Code of medical and sanitary regulations for the guidance of medical officers serving in the Madras Presidency - Volume I
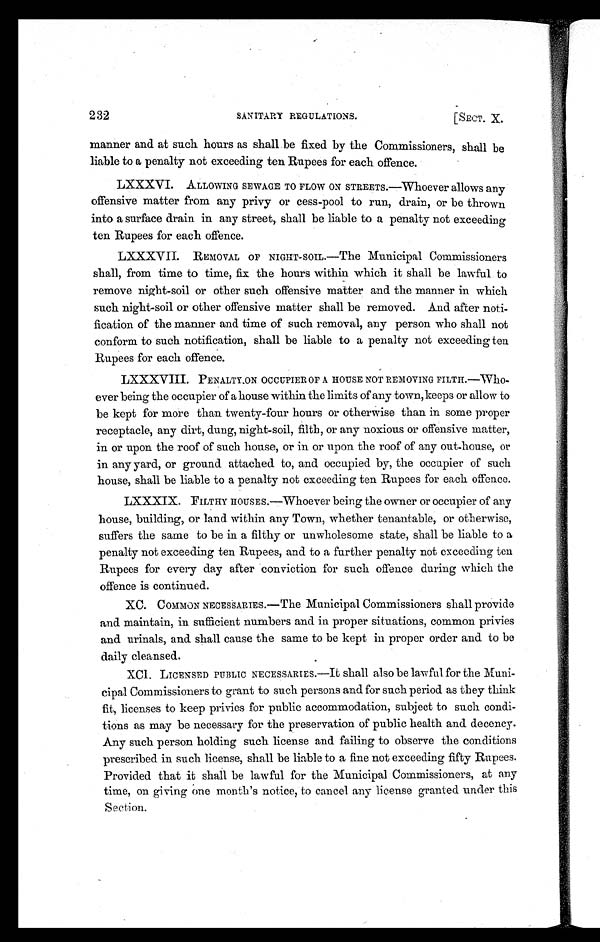
232
SANITARY REGULATIONS.
[SECT. X.
manner and at such hours as shall be fixed by the Commissioners, shall be
liable to a penalty not exceeding ten Rupees for each offence.
LXXXVI. ALLOWING SEWAGE TO FLOW ON STREETS.—Whoever allows any
offensive matter from any privy or cess-pool to run, drain, or be thrown
into a surface drain in any street, shall be liable to a penalty not exceeding
ten Rupees for each offence.
LXXXVII. REMOVAL OF NIGHT-SOIL.—The Municipal Commissioners
shall, from time to time, fix the hours within which it shall be lawful to
remove night-soil or other such offensive matter and the manner in which
such night-soil or other offensive matter shall be removed. And after noti-
fication of the manner and time of such removal, any person who shall not
conform to such notification, shall be liable to a penalty not exceeding ten
Rupees for each offence.
LXXXVIII. PENALTY ON OCCUPIER OF A HOUSE NOT REMOVING FILTH.—Who-
ever being the occupier of a house within the limits of any town, keeps or allow to
be kept for more than twenty-four hours or otherwise than in some proper
receptacle, any dirt, dung, night-soil, filth, or any noxious or offensive matter,
in or upon the roof of such house, or in or upon the roof of any out-house, or
in any yard, or ground attached to, and occupied by, the occupier of such
house, shall be liable to a penalty not exceeding ten Rupees for each offence.
LXXXIX. FILTHY HOUSES.—Whoever being the owner or occupier of any
house, building, or land within any Town, whether tenantable, or otherwise,
suffers the same to be in a filthy or unwholesome state, shall be liable to a
penalty not exceeding ten Rupees, and to a further penalty not exceeding ten
Rupees for every day after conviction for such offence during which the
offence is continued.
XC. COMMON NECESSARIES.—The Municipal Commissioners shall provide
and maintain, in sufficient numbers and in proper situations, common privies
and urinals, and shall cause the same to be kept in proper order and to be
daily cleansed.
XCI. LICENSED PUBLIC NECESSARIES.—It shall also be lawful for the Muni-
cipal Commissioners to grant to such persons and for such period as they think
fit, licenses to keep privies for public accommodation, subject to such condi-
tions as may be necessary for the preservation of public health and decency.
Any such person holding such license and failing to observe the conditions
prescribed in such license, shall be liable to a fine not exceeding fifty Rupees.
Provided that it shall be lawful for the Municipal Commissioners, at any
time, on giving one month's notice, to cancel any license granted under this
Section.